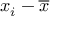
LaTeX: x _ { i } - { \overline { { x } } }